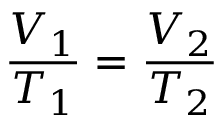
{ \frac { V _ { 1 } } { T _ { 1 } } } = { \frac { V _ { 2 } } { T _ { 2 } } }